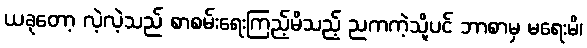
ယခုတော့ လဲ့လဲ့သည် စာစမ်းရေးကြည့်မိသည့် ညကကဲ့သို့ပင် ဘာစာမှ မရေးမိ၊